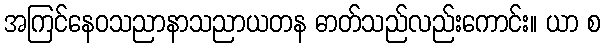
အကြင်နေဝသညာနာသညာယတန ဓာတ်သည်လည်းကောင်း။ ယာ စ